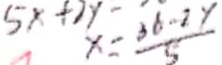
x = \frac { 3 6 - 2 y } { 5 }